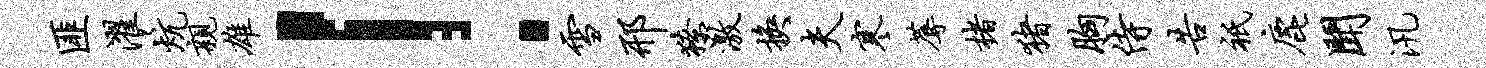
匪濯炕亲雄！雪邢獠激换夫寒蓐楮猪胸侍告只鹿闻汛